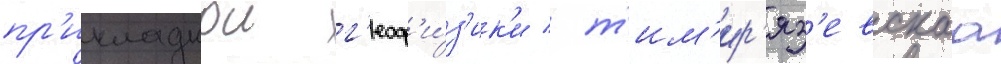
пр'икладнои г'еоф'и́з'ик'и / т'им'ир'яз'евскаа